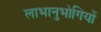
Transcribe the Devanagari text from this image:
लाभानुभोगियों